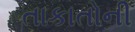
તાકાતોની